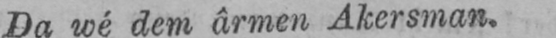
Da wé dem ârmen Akersman.